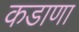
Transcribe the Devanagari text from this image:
कडाणा